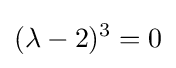
(\lambda -2)^{3}=0